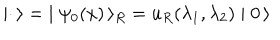
\mid { \bf \cdot } \, \rangle = \; \mid \psi _ { 0 } ( x ) \, \rangle _ { R } = u _ { R } ( \lambda _ { 1 } , \lambda _ { 2 } ) \mid 0 \, \rangle